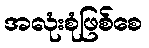
အလုံးစုံဖြစ်စေ